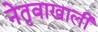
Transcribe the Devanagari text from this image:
नेतृवाखाली